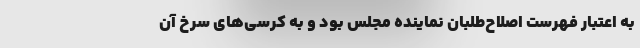
به اعتبار فهرست اصلاح‌طلبان نماینده مجلس بود و به کرسی‌های سرخ آن